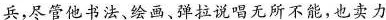
兵，尽管他书法、绘画、弹拉说唱无所不能，也卖力